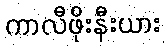
ကာလီဖိုးနီးယား